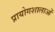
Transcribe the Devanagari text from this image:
प्रायोगशालाओं